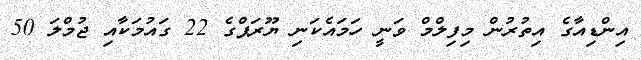
އިންޑިއާގެ އިތުރުން މިފިލްމް ވަނީ ހަމައެކަނި ޔޫރަޕްގެ 22 ގައުމަކާއި ޖުމްލަ 50